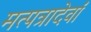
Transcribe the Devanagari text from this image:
मत्पत्रादेर्वां